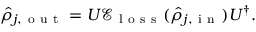
\hat { \rho } _ { j , \mathrm { ~ o ~ u ~ t ~ } } = U \mathscr { E } _ { \mathrm { ~ l ~ o ~ s ~ s ~ } } ( \hat { \rho } _ { j , \mathrm { ~ i ~ n ~ } } ) U ^ { \dag } .